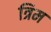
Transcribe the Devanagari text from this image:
त्रिम